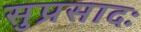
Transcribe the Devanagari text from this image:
सुप्रसादः